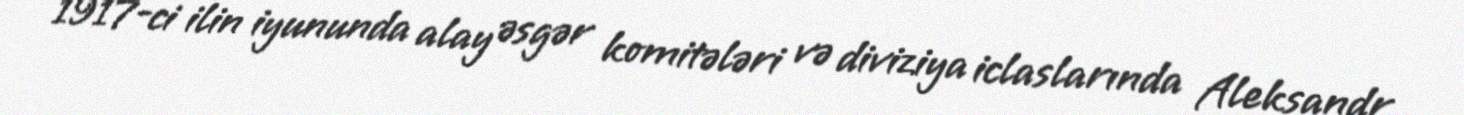
1917-ci ilin iyununda alay əsgər komitələri və diviziya iclaslarında Aleksandr